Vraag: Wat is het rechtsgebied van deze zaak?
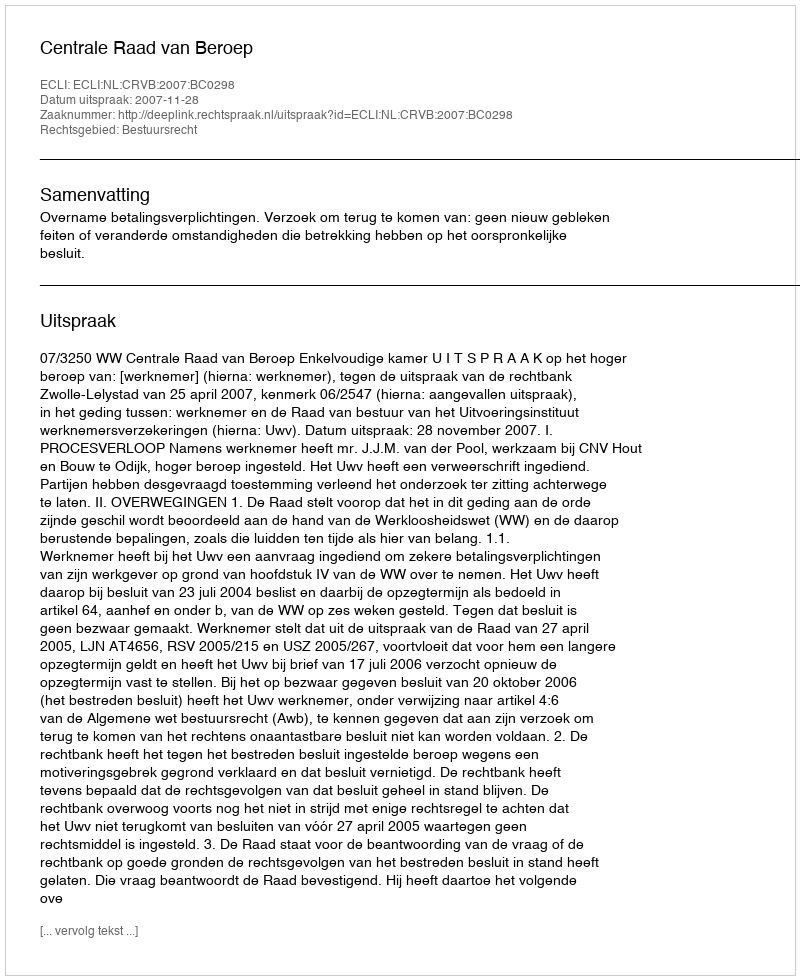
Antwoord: Bestuursrecht